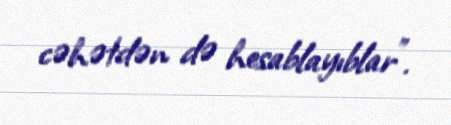
cəhətdən də hesablayıblar”.